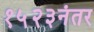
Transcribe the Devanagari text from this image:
१५२३नंतर